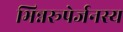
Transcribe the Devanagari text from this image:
भिन्नरूपेर्जनस्य